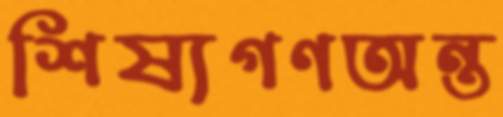
শিষ্যগণঅন্ত